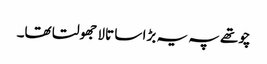
چوتھے پہ یہ بڑا سا تالا جھولتا تھا۔